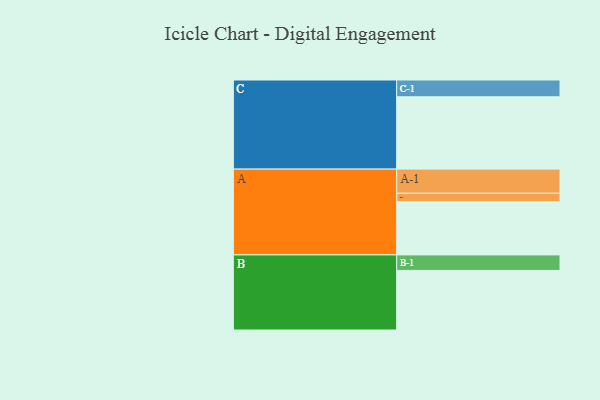
{"axis": {"x": "Segment", "y": "Value"}, "legend": ["", "A", "B", "C"], "data": [{"x": "A", "y": 384, "type": ""}, {"x": "B", "y": 429, "type": ""}, {"x": "C", "y": 521, "type": ""}, {"x": "A-1", "y": 174, "type": "A"}, {"x": "A-2", "y": 60, "type": "A"}, {"x": "B-1", "y": 112, "type": "B"}, {"x": "C-1", "y": 121, "type": "C"}]}